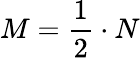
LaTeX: M=\frac{1}{2}\cdot N